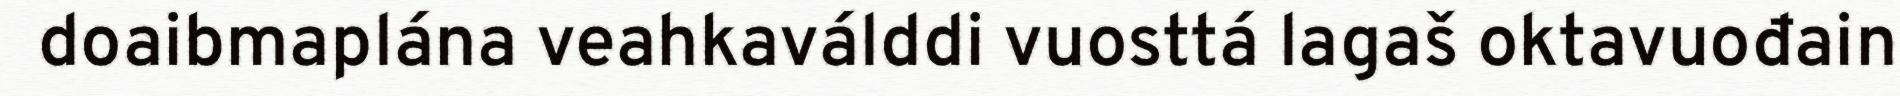
doaibmaplána veahkaválddi vuosttá lagaš oktavuođain